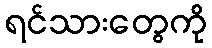
ရင်သားတွေကို